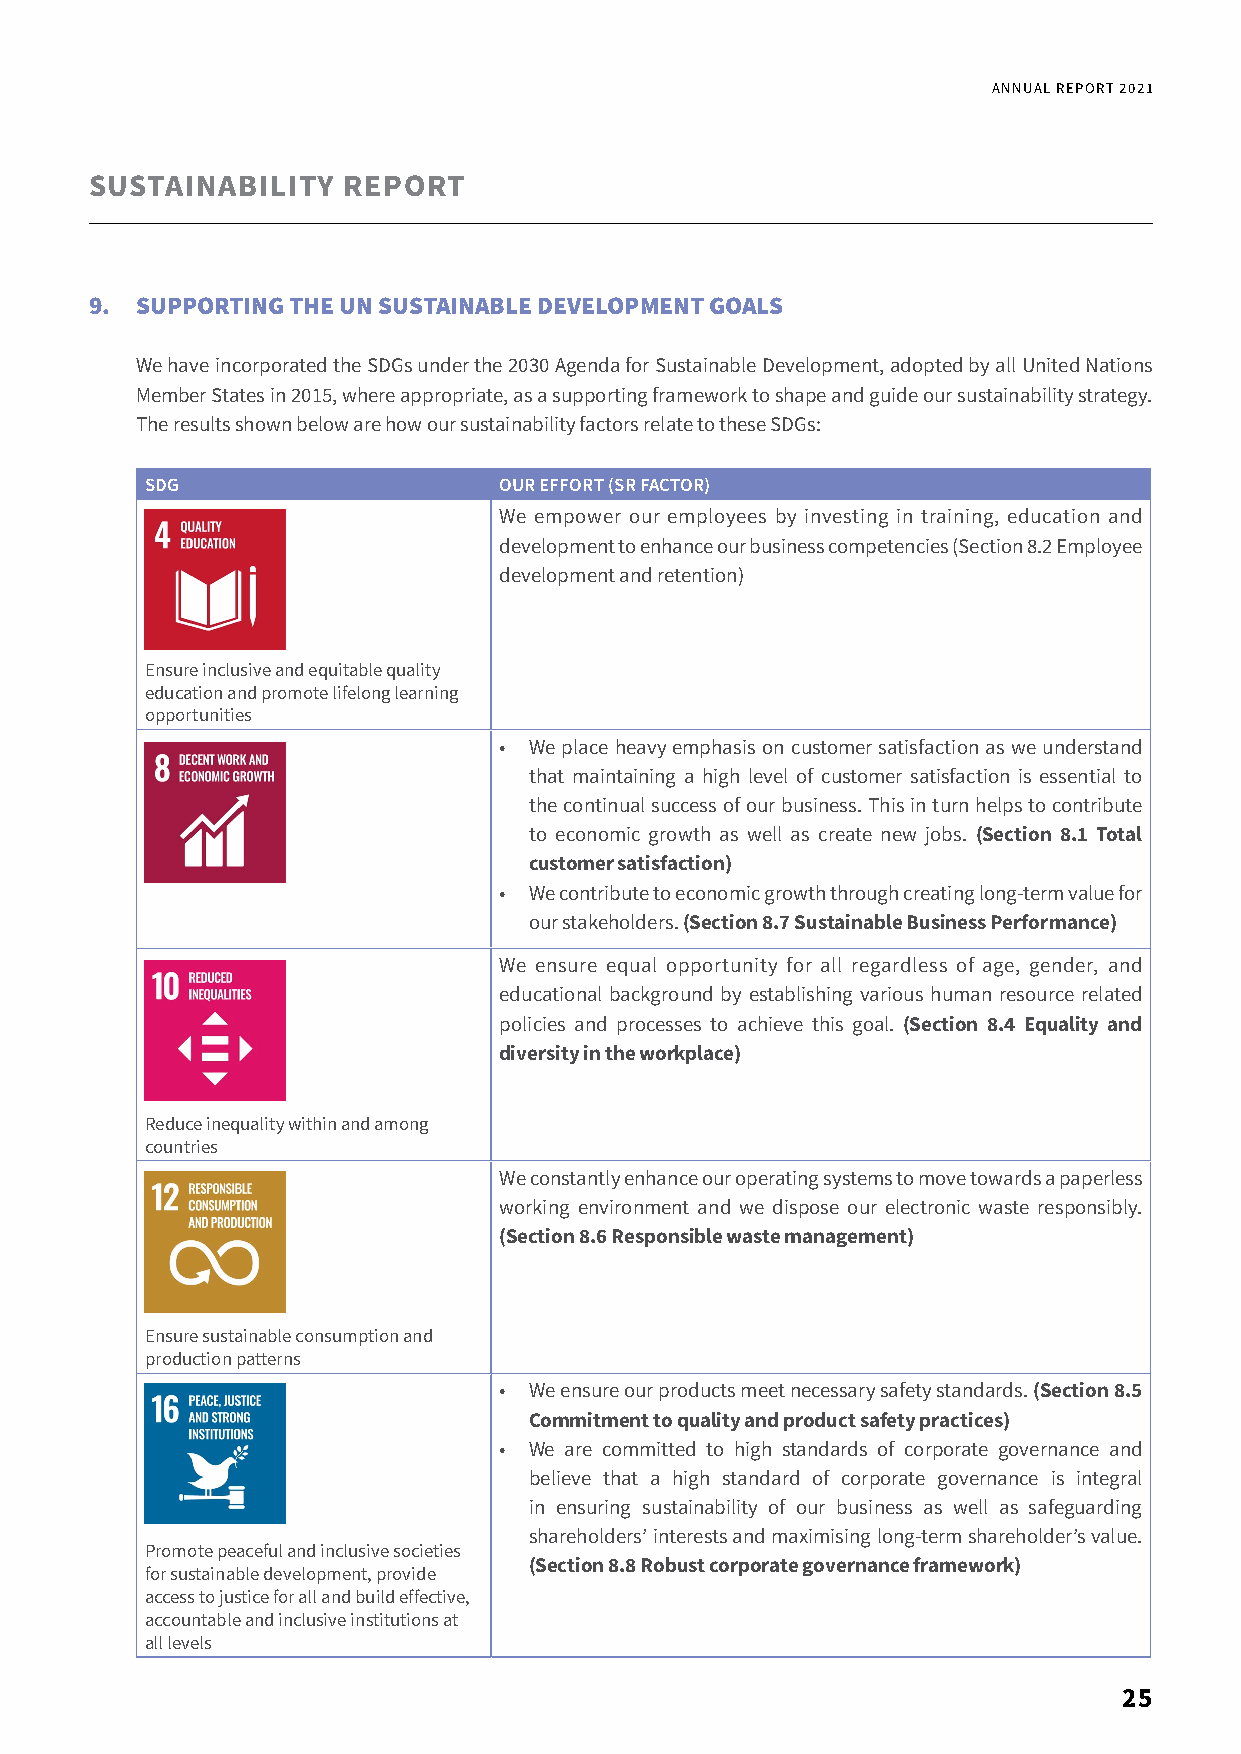
ANNUAL REPORT 2021
 SUSTAINABILITY   REPORT
 9. SUPPORTING THE UN SUSTAINABLE DEVELOPMENT GOALS
 We have incorporated the SDGs under the 2030 Agenda for Sustainable Development, adopted by all United Nations
 Member States in 2015, where appropriate, as a supporting framework to shape and guide our sustainability strategy.
 The results shown below are how our sustainability factors relate to these SDGs:
 SDG                    OUR EFFORT (SR FACTOR)
 We empower our employees by investing in training, education and
 development to enhance our business competencies (Section 8.2 Employee
 development and retention)
 Ensure inclusive and equitable quality
 education and promote lifelong learning
 opportunities
 • We place heavy emphasis on customer satisfaction as we understand
 that maintaining a high level of customer satisfaction is essential to
 the continual success of our business. This in turn helps to contribute
 to economic growth as well as create new jobs. (Section 8.1 Total
 customer satisfaction)
 • We contribute to economic growth through creating long-term value for
 our stakeholders. (Section 8.7 Sustainable Business Performance)
 We ensure equal opportunity for all regardless of age, gender, and
 educational background by establishing various human resource related
 policies and processes to achieve this goal. (Section 8.4 Equality and
 diversity in the workplace)
 Reduce inequality within and among
 countries
 We constantly enhance our operating systems to move towards a paperless
 working environment and we dispose our electronic waste responsibly.
 (Section 8.6 Responsible waste management)
 Ensure sustainable consumption and
 production patterns
 • We ensure our products meet necessary safety standards. (Section 8.5
 Commitment to quality and product safety practices)
 • We are committed to high standards of corporate governance and
 believe that a high standard of corporate governance is integral
 in ensuring sustainability of our business as well as safeguarding
 shareholders’ interests and maximising long-term shareholder’s value.
 Promote peaceful and inclusive societies
 (Section 8.8 Robust corporate governance framework)
 for sustainable development, provide
 access to justice for all and build effective,
 accountable and inclusive institutions at
 all levels
 25